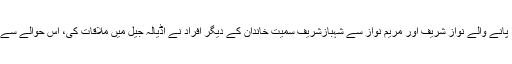
ایون فیلڈ ریفرنس میں قید کی سزا پانے والے نواز شریف اور مریم نواز سے شہبازشریف سمیت خاندان کے دیگر افراد نے اڈیالہ جیل میں ملاقات کی، اس حوالے سے انہیں خصوصی اجازت دی گئی۔